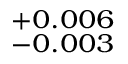
_ { - 0 . 0 0 3 } ^ { + 0 . 0 0 6 }